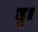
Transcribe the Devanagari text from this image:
दू।